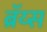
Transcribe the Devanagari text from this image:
ब्रॅय्स